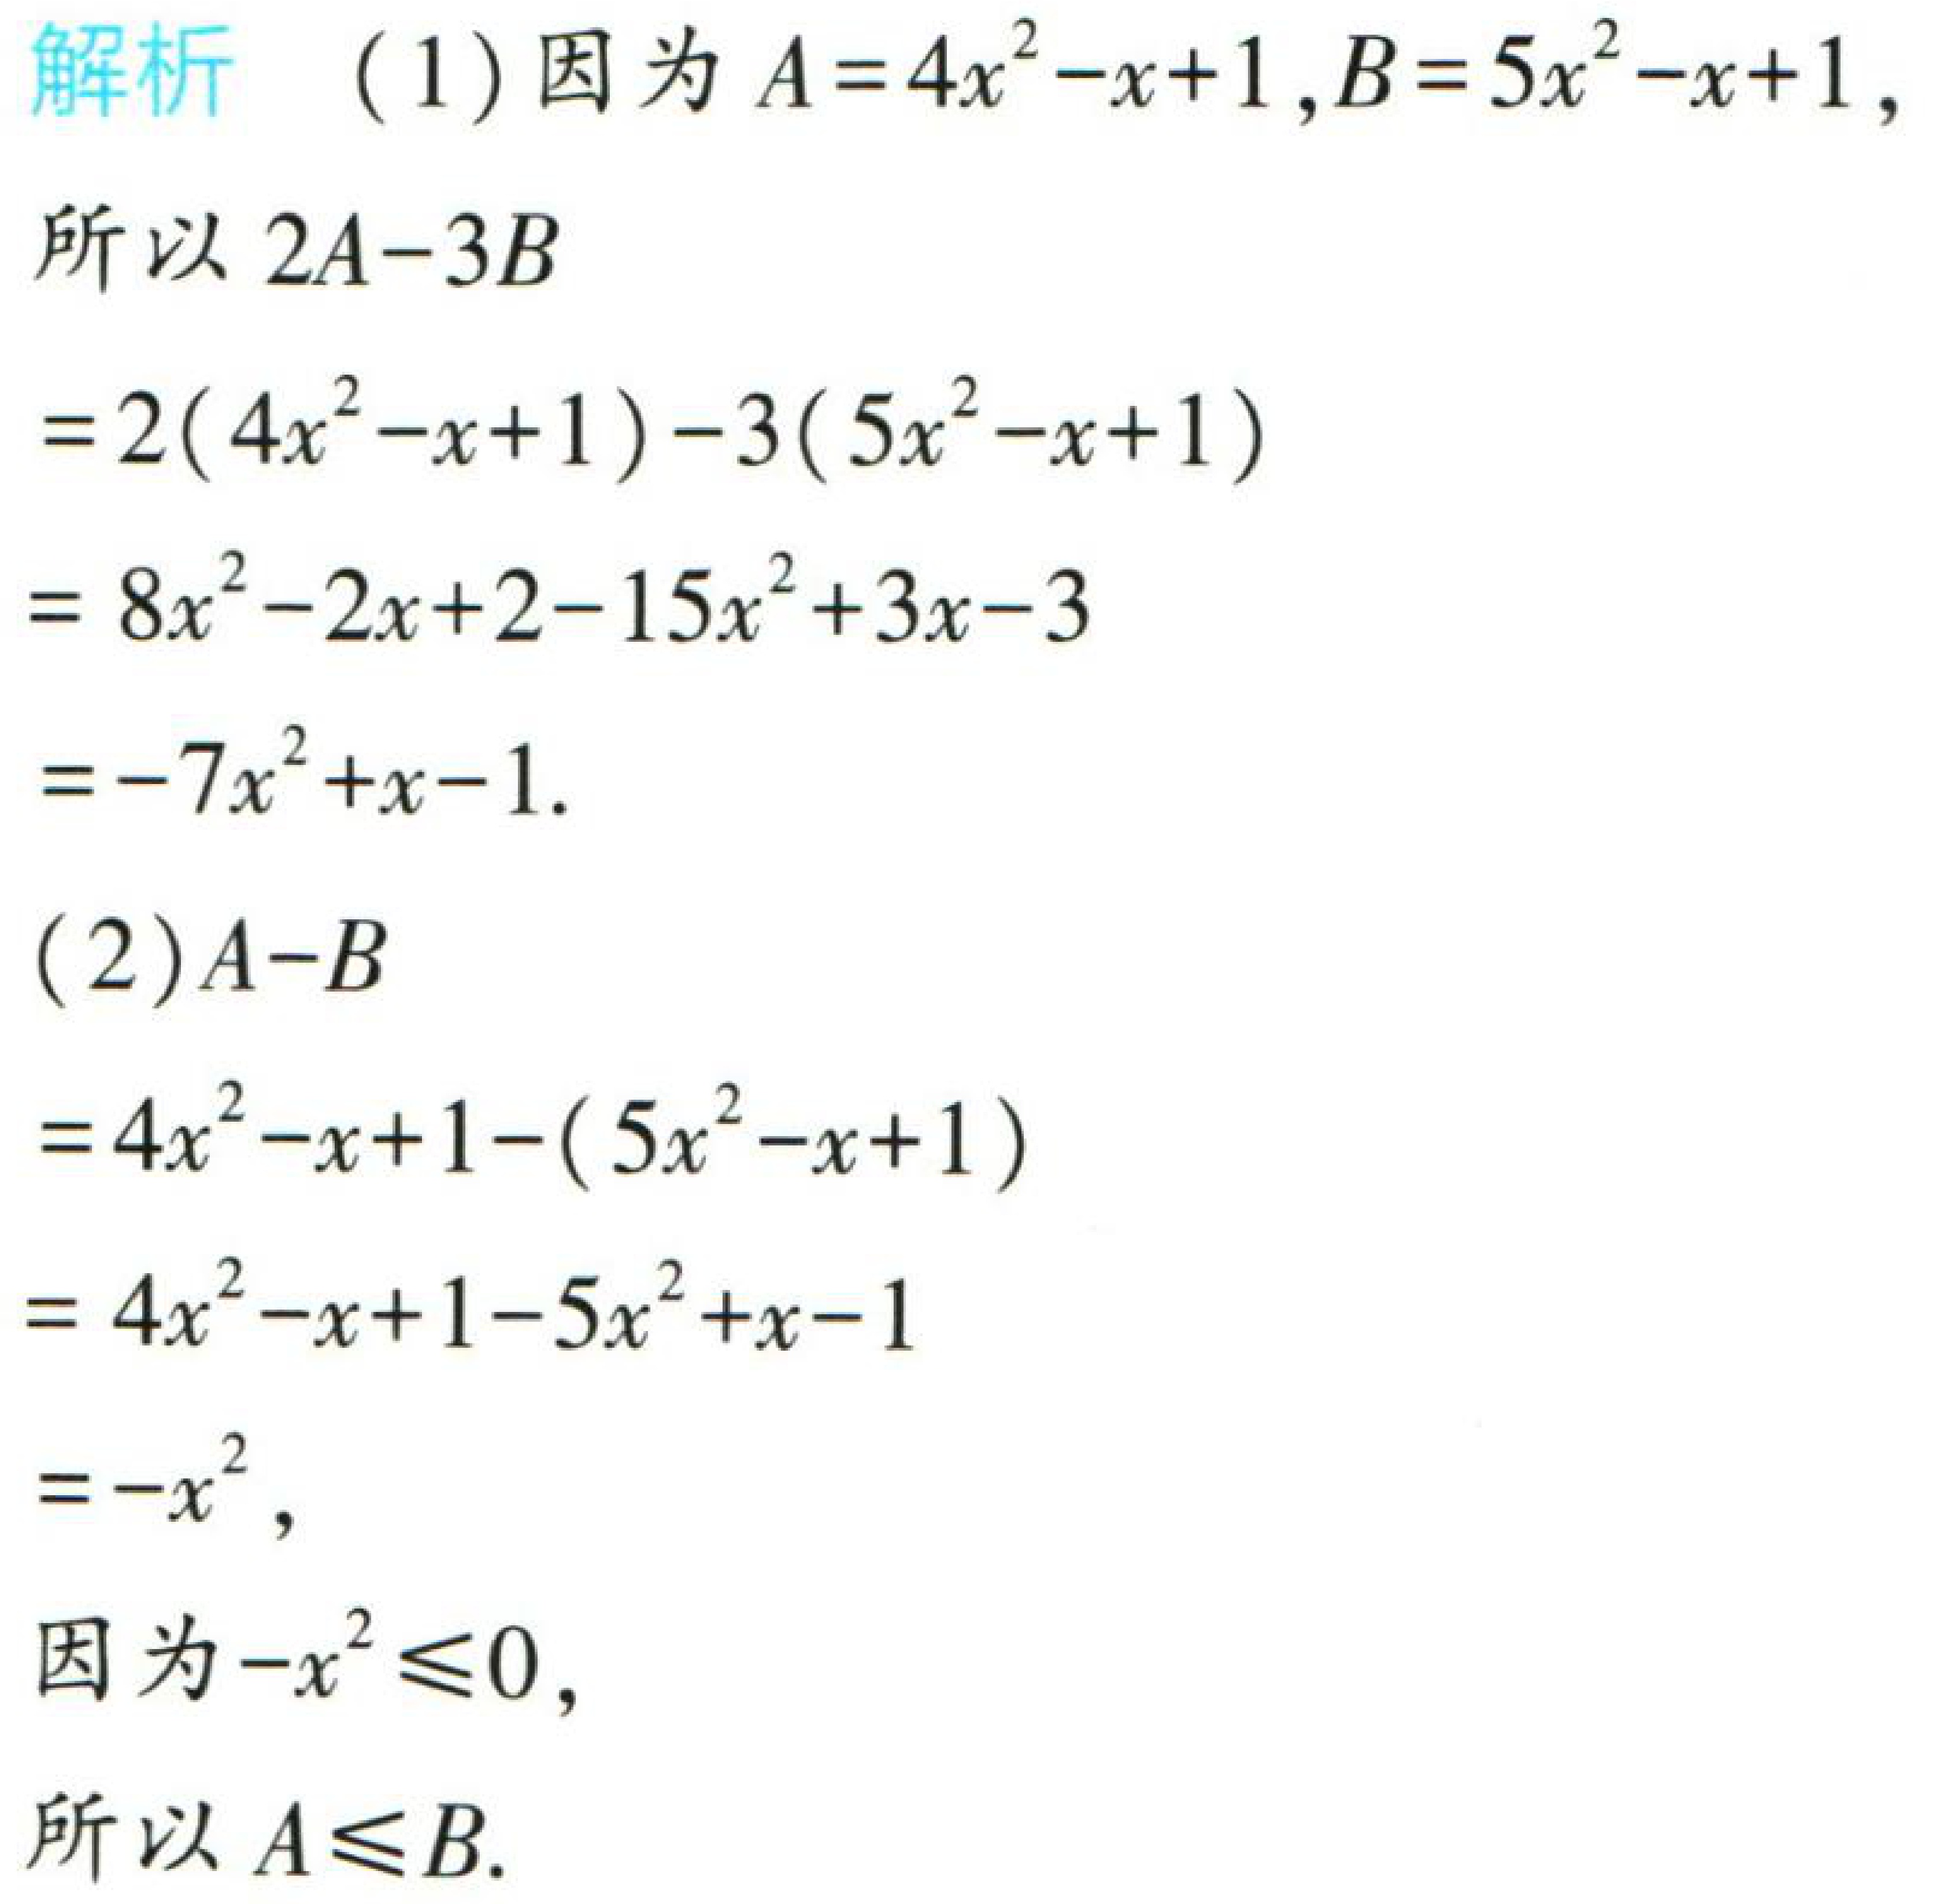
解析 （1）因为 \(A = 4x^{2}-x + 1\), \(B = 5x^{2}-x + 1\),

所以 \(2A - 3B\)

\(=2(4x^{2}-x + 1)-3(5x^{2}-x + 1)\)

\(= 8x^{2}-2x + 2-15x^{2}+3x - 3\)

\(=-7x^{2}+x - 1\).

（2）\(A - B\)

\(=4x^{2}-x + 1-(5x^{2}-x + 1)\)

\(= 4x^{2}-x + 1-5x^{2}+x - 1\)

\(=-x^{2}\),

因为 \(-x^{2}\leq0\),

所以 \(A\leq B\).